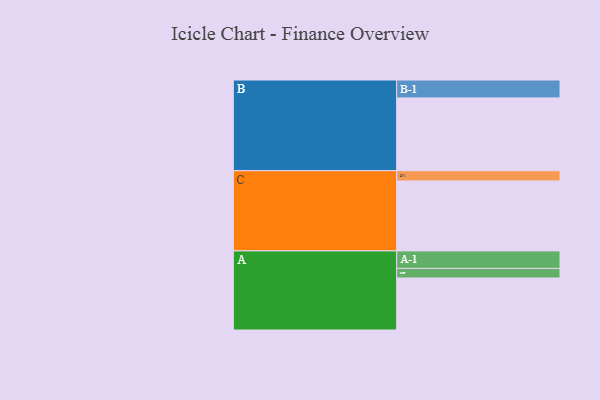
{"axis": {"x": "Segment", "y": "Value"}, "legend": ["", "A", "B", "C"], "data": [{"x": "A", "y": 386, "type": ""}, {"x": "B", "y": 540, "type": ""}, {"x": "C", "y": 519, "type": ""}, {"x": "A-1", "y": 130, "type": "A"}, {"x": "A-2", "y": 71, "type": "A"}, {"x": "B-1", "y": 133, "type": "B"}, {"x": "C-1", "y": 76, "type": "C"}]}